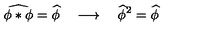
\widehat { \phi * \phi } = \widehat { \phi } \quad \longrightarrow \quad \widehat { \phi } ^ { 2 } = \widehat { \phi }